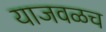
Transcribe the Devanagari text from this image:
याजवळच